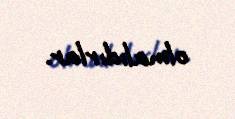
olmalıdırlar.